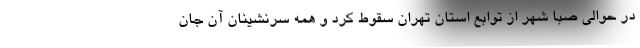
در حوالی صبا شهر از توابع استان تهران سقوط کرد و همه سرنشینان آن جان